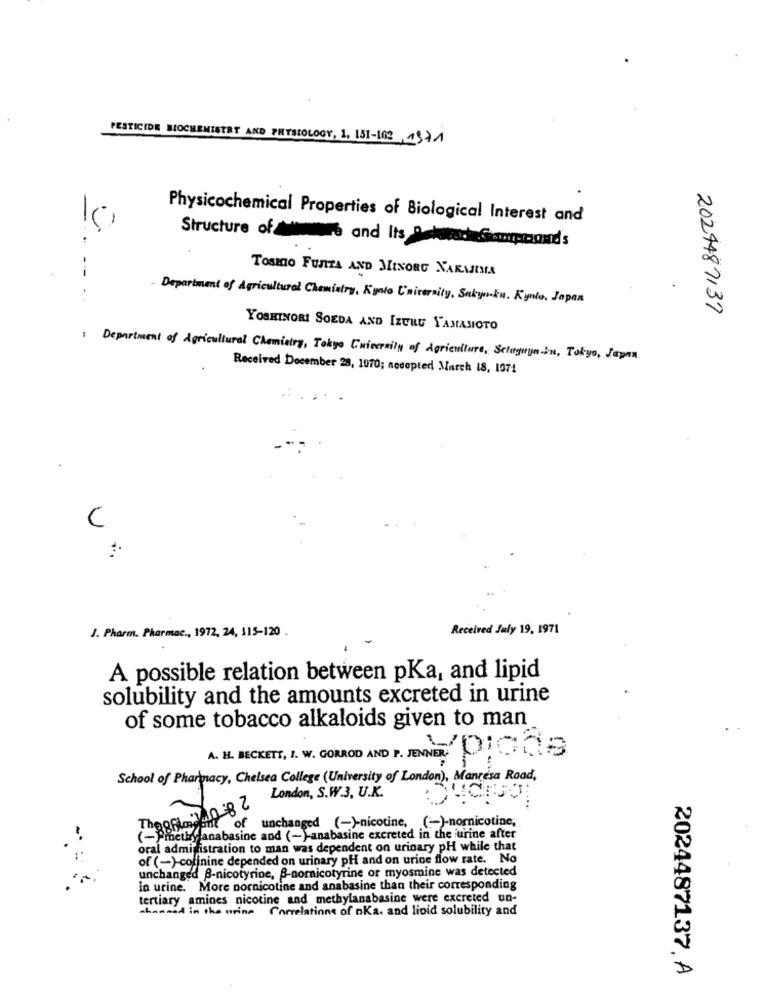
PESTICIDE BIOCHEMISTRY AND PHYSIOLOGY, 1. 131-103 4371
Physicochemical Properties of Biological Interest and
15
Structure of the and Its Dehwacameraand's
Tosto FUNTA AND MINORG NARMINA
---
. .
Department of Agricultural Chemistry, Kyoto University, Sakyoku. Kynlo. Japan
2024487137
YOSHINORI SOEDA AND IZUNG YAMAMOTO
Department of Agricultural Chemistry, Tokyo University of Agriculture, Sclaguya in, Tokyo, Japan
Received December 28, 1970; nedopted March 18, 1971
U ...
Received July 19, 1971
J. Pharm. Pharmac ., 1972, 24, 115-120
A possible relation between pKa, and lipid
solubility and the amounts excreted in urine
of some tobacco alkaloids given to man
A. H. BECKETT, I. W. GORROD AND P. FENNER, ICH
School of Pharmacy, Chelsea College (University of London), Manresa Road,
SUCES
London, S.W.3. U.K.
Theoshayan 8 2
it of unchanged (-)-nicotine, (-)-nomnicotine,
(-Pincurganabasine and (-)-anabasine excreted in the urine after
oral administration to man was dependent on urinary pH while that
of (-)-cofinine depended on urinary pH and on urine flow rate. No
unchanged B-nicotyrine, f-nomnicotyrine or myosmine was detected
in urine. More pornicotine and anabasine than their corresponding
tertiary amines nicotine and methylanabasine were excreted un-
whowood in the urine Correlations of nKa, and lioid solubility and
2024487137. A